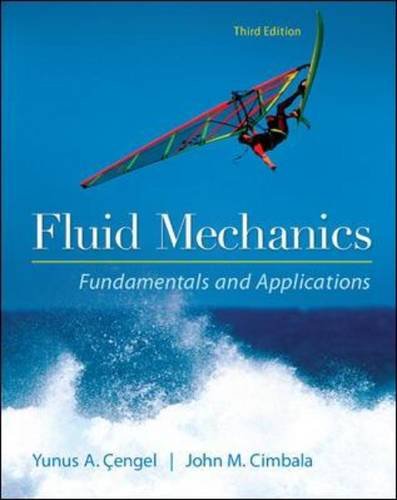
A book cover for Fluid Mechanics Fundamentals and Applications; Yunus Cengel; Engineering & Transportation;